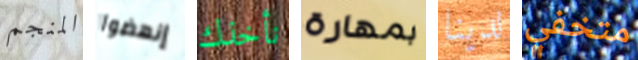
المنجم إنهضوا نأخذك بمهارة لدينا متخفي